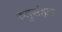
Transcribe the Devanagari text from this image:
रुतुसंहार